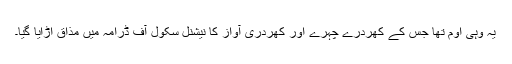
یہ وہی اوم تھا جس کے کھردرے چہرے اور کھردری آواز کا نیشنل سکول آف ڈرامہ میں مذاق اڑایا گیا۔